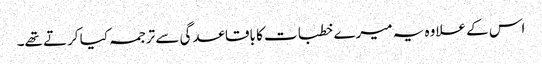
اس کے علاوہ یہ میرے خطبات کا باقاعدگی سے ترجمہ کیا کرتے تھے۔